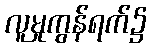
လူမှုကွန်ရက်၌